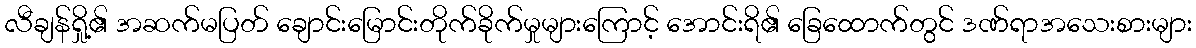
လီချန်ရှို့၏ အဆက်မပြတ် ချောင်းမြောင်းတိုက်ခိုက်မှုများကြောင့် အောင်းရိ၏ ခြေထောက်တွင် ဒဏ်ရာအသေးစားများ